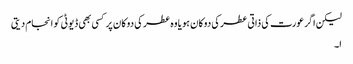
لیکن اگر عورت کی ذاتی عطر کی دوکان ہو یا وہ عطر کی دوکان پر کسی بھی ڈیوٹی کو انجام دیتی
ا۔